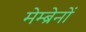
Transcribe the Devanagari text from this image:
मेम्ब्रेनों